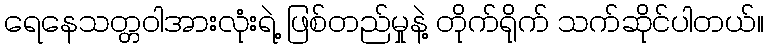
ရေနေသတ္တဝါအားလုံးရဲ့ ဖြစ်တည်မှုနဲ့ တိုက်ရိုက် သက်ဆိုင်ပါတယ်။